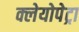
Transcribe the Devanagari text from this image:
क्लेयोपेट्रा